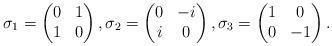
LaTeX: \begin{align*}\sigma_1 = \begin{pmatrix} 0 & 1 \\ 1 & 0 \end{pmatrix} , \sigma_2 = \begin{pmatrix} 0 & -i \\ i & 0 \end{pmatrix} , \sigma_3 = \begin{pmatrix} 1 & 0 \\ 0 & -1 \end{pmatrix} . \end{align*}